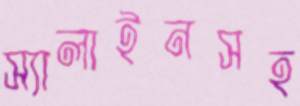
স্যালাইনসহ